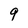
Character: 9